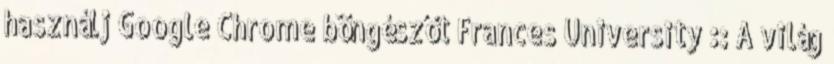
használj Google Chrome böngészőt Frances University :: A világ